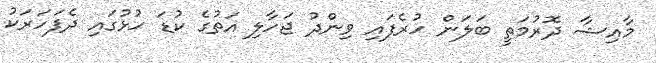
މާއިޝާ ދޮރުމަތީ ބަލަން ހުރެފައި ވިންދު ޖަހާލި އަތުގެ ކުޑަ ހުޅުގައި ދެފަހަަރަކު